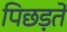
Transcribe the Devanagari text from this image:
पिछड़ते